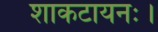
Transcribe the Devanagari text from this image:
शाकटायनः।